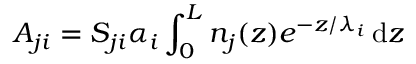
A _ { j i } = S _ { j i } \alpha _ { i } \int _ { 0 } ^ { L } n _ { j } ( z ) e ^ { - z / \lambda _ { i } } \, \mathrm { d } z